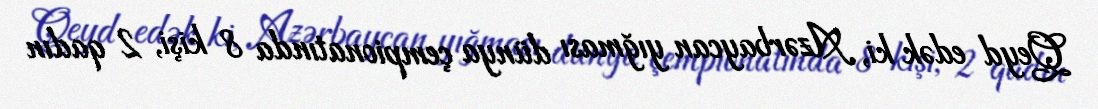
Qeyd edək ki, Azərbaycan yığması dünya çempionatında 8 kişi, 2 qadın